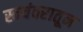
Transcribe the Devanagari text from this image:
स्वयंवरातून